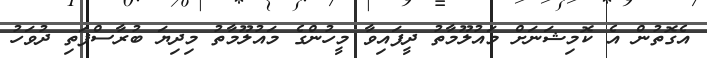
އެގޮތުން އެ ކޮމިޝަނަށް މައުލޫމާތު ދީފައިވާ މީހުންގެ މައުލޫމާތު މިދިޔަ ބުރާސްފަތި ދުވަހު